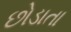
છોડાતા